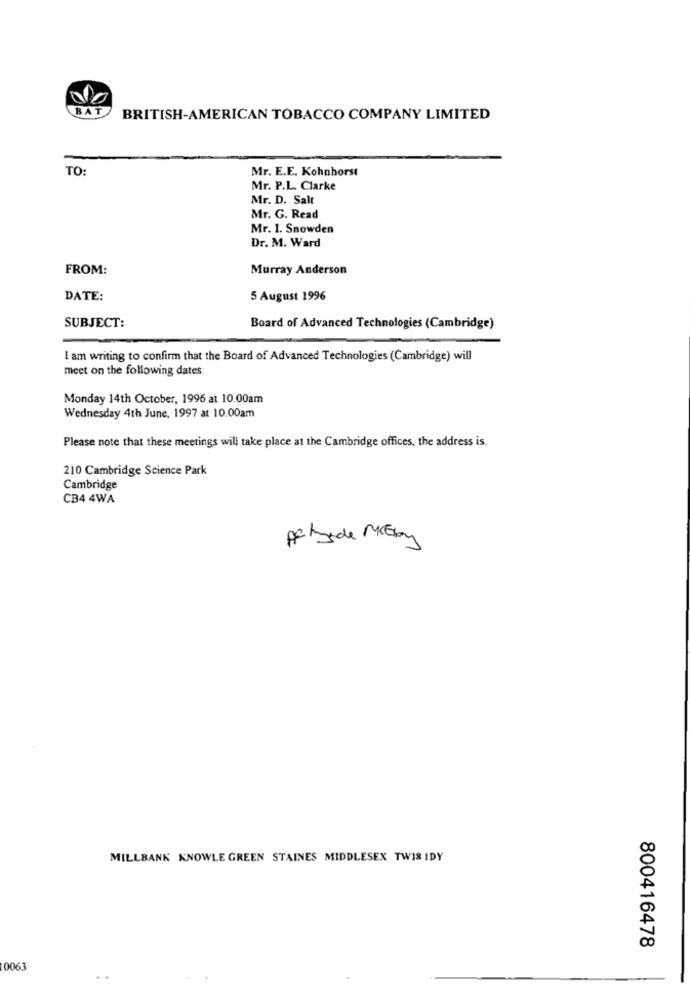
BAT
BRITISH-AMERICAN TOBACCO COMPANY LIMITED
TO:
Mr. E.E. Kohnhorst
Mr. P.L. Clarke
Mr. D. Salt
Mr. G. Read
Mr. 1. Snowden
Dr. M. Ward
FROM:
Murray Anderson
DATE:
5 August 1996
SUBJECT:
Board of Advanced Technologies (Cambridge)
I am writing to confirm that the Board of Advanced Technologies (Cambridge) will
meet on the following dates:
Monday 14th October, 1996 at 10.00am
Wednesday 4th June, 1997 at 10.00am
Please note that these meetings will take place at the Cambridge offices, the address is.
210 Cambridge Science Park
Cambridge
CB4 4WA
Achade MIGby
MILLBANK KNOWLE GREEN STAINES MIDDLESEX TWIS IDY
800416478
0063